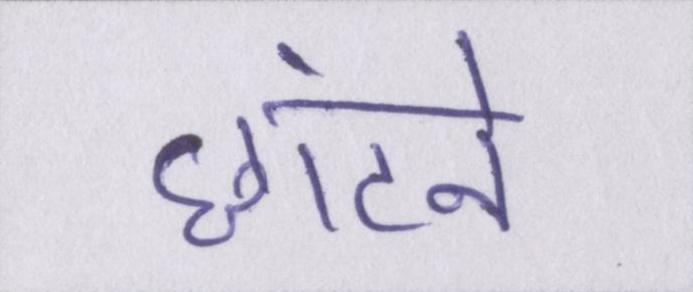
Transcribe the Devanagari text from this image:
छांटने